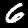
Label: 6